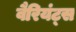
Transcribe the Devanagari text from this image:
वैरियंट्स